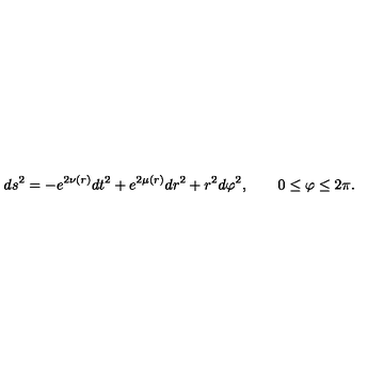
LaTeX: d s ^ { 2 } = - e ^ { 2 \nu ( r ) } d t ^ { 2 } + e ^ { 2 \mu ( r ) } d r ^ { 2 } + r ^ { 2 } d \varphi ^ { 2 } , \quad \quad 0 \leq \varphi \leq 2 \pi .